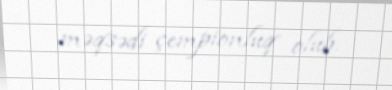
məqsədi çempionluq olub.